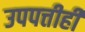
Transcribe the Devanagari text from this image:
उपपत्तीही